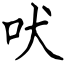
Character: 吠